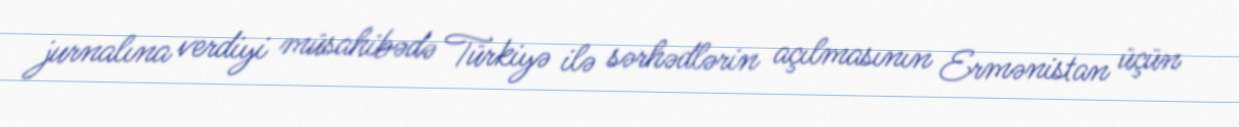
jurnalına verdiyi müsahibədə Türkiyə ilə sərhədlərin açılmasının Ermənistan üçün